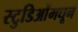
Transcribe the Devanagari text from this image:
स्टुडिओंमधून